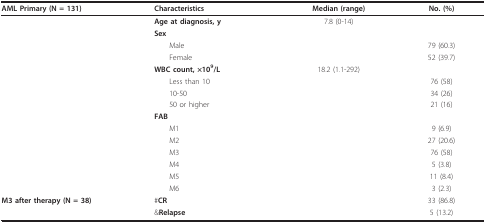
<table><thead><tr><td><b>AML Primary (N = 131)</b></td><td><b>Characteristics</b></td><td><b>Median (range)</b></td><td><b>No. (%)</b></td></tr></thead><tbody><tr><td></td><td><b>Age at diagnosis, y</b></td><td>7.8 (0-14)</td><td></td></tr><tr><td></td><td><b>Sex</b></td><td></td><td></td></tr><tr><td></td><td> Male</td><td></td><td>79 (60.3)</td></tr><tr><td></td><td> Female</td><td></td><td>52 (39.7)</td></tr><tr><td></td><td><b>WBC count, ×10<sup>9</sup>/L</b></td><td>18.2 (1.1-292)</td><td></td></tr><tr><td></td><td> Less than 10</td><td></td><td>76 (58)</td></tr><tr><td></td><td> 10-50</td><td></td><td>34 (26)</td></tr><tr><td></td><td> 50 or higher</td><td></td><td>21 (16)</td></tr><tr><td></td><td><b>FAB</b></td><td></td><td></td></tr><tr><td></td><td> M1</td><td></td><td>9 (6.9)</td></tr><tr><td></td><td> M2</td><td></td><td>27 (20.6)</td></tr><tr><td></td><td> M3</td><td></td><td>76 (58)</td></tr><tr><td></td><td> M4</td><td></td><td>5 (3.8)</td></tr><tr><td></td><td> M5</td><td></td><td>11 (8.4)</td></tr><tr><td></td><td> M6</td><td></td><td>3 (2.3)</td></tr><tr><td><b>M3 after therapy (N = 38)</b></td><td>#<b>CR</b></td><td></td><td>33 (86.8)</td></tr><tr><td></td><td>&amp;<b>Relapse</b></td><td></td><td>5 (13.2)</td></tr></tbody></table>